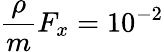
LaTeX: \frac{\rho}{m}F_{x}=10^{-2}